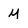
Character: M